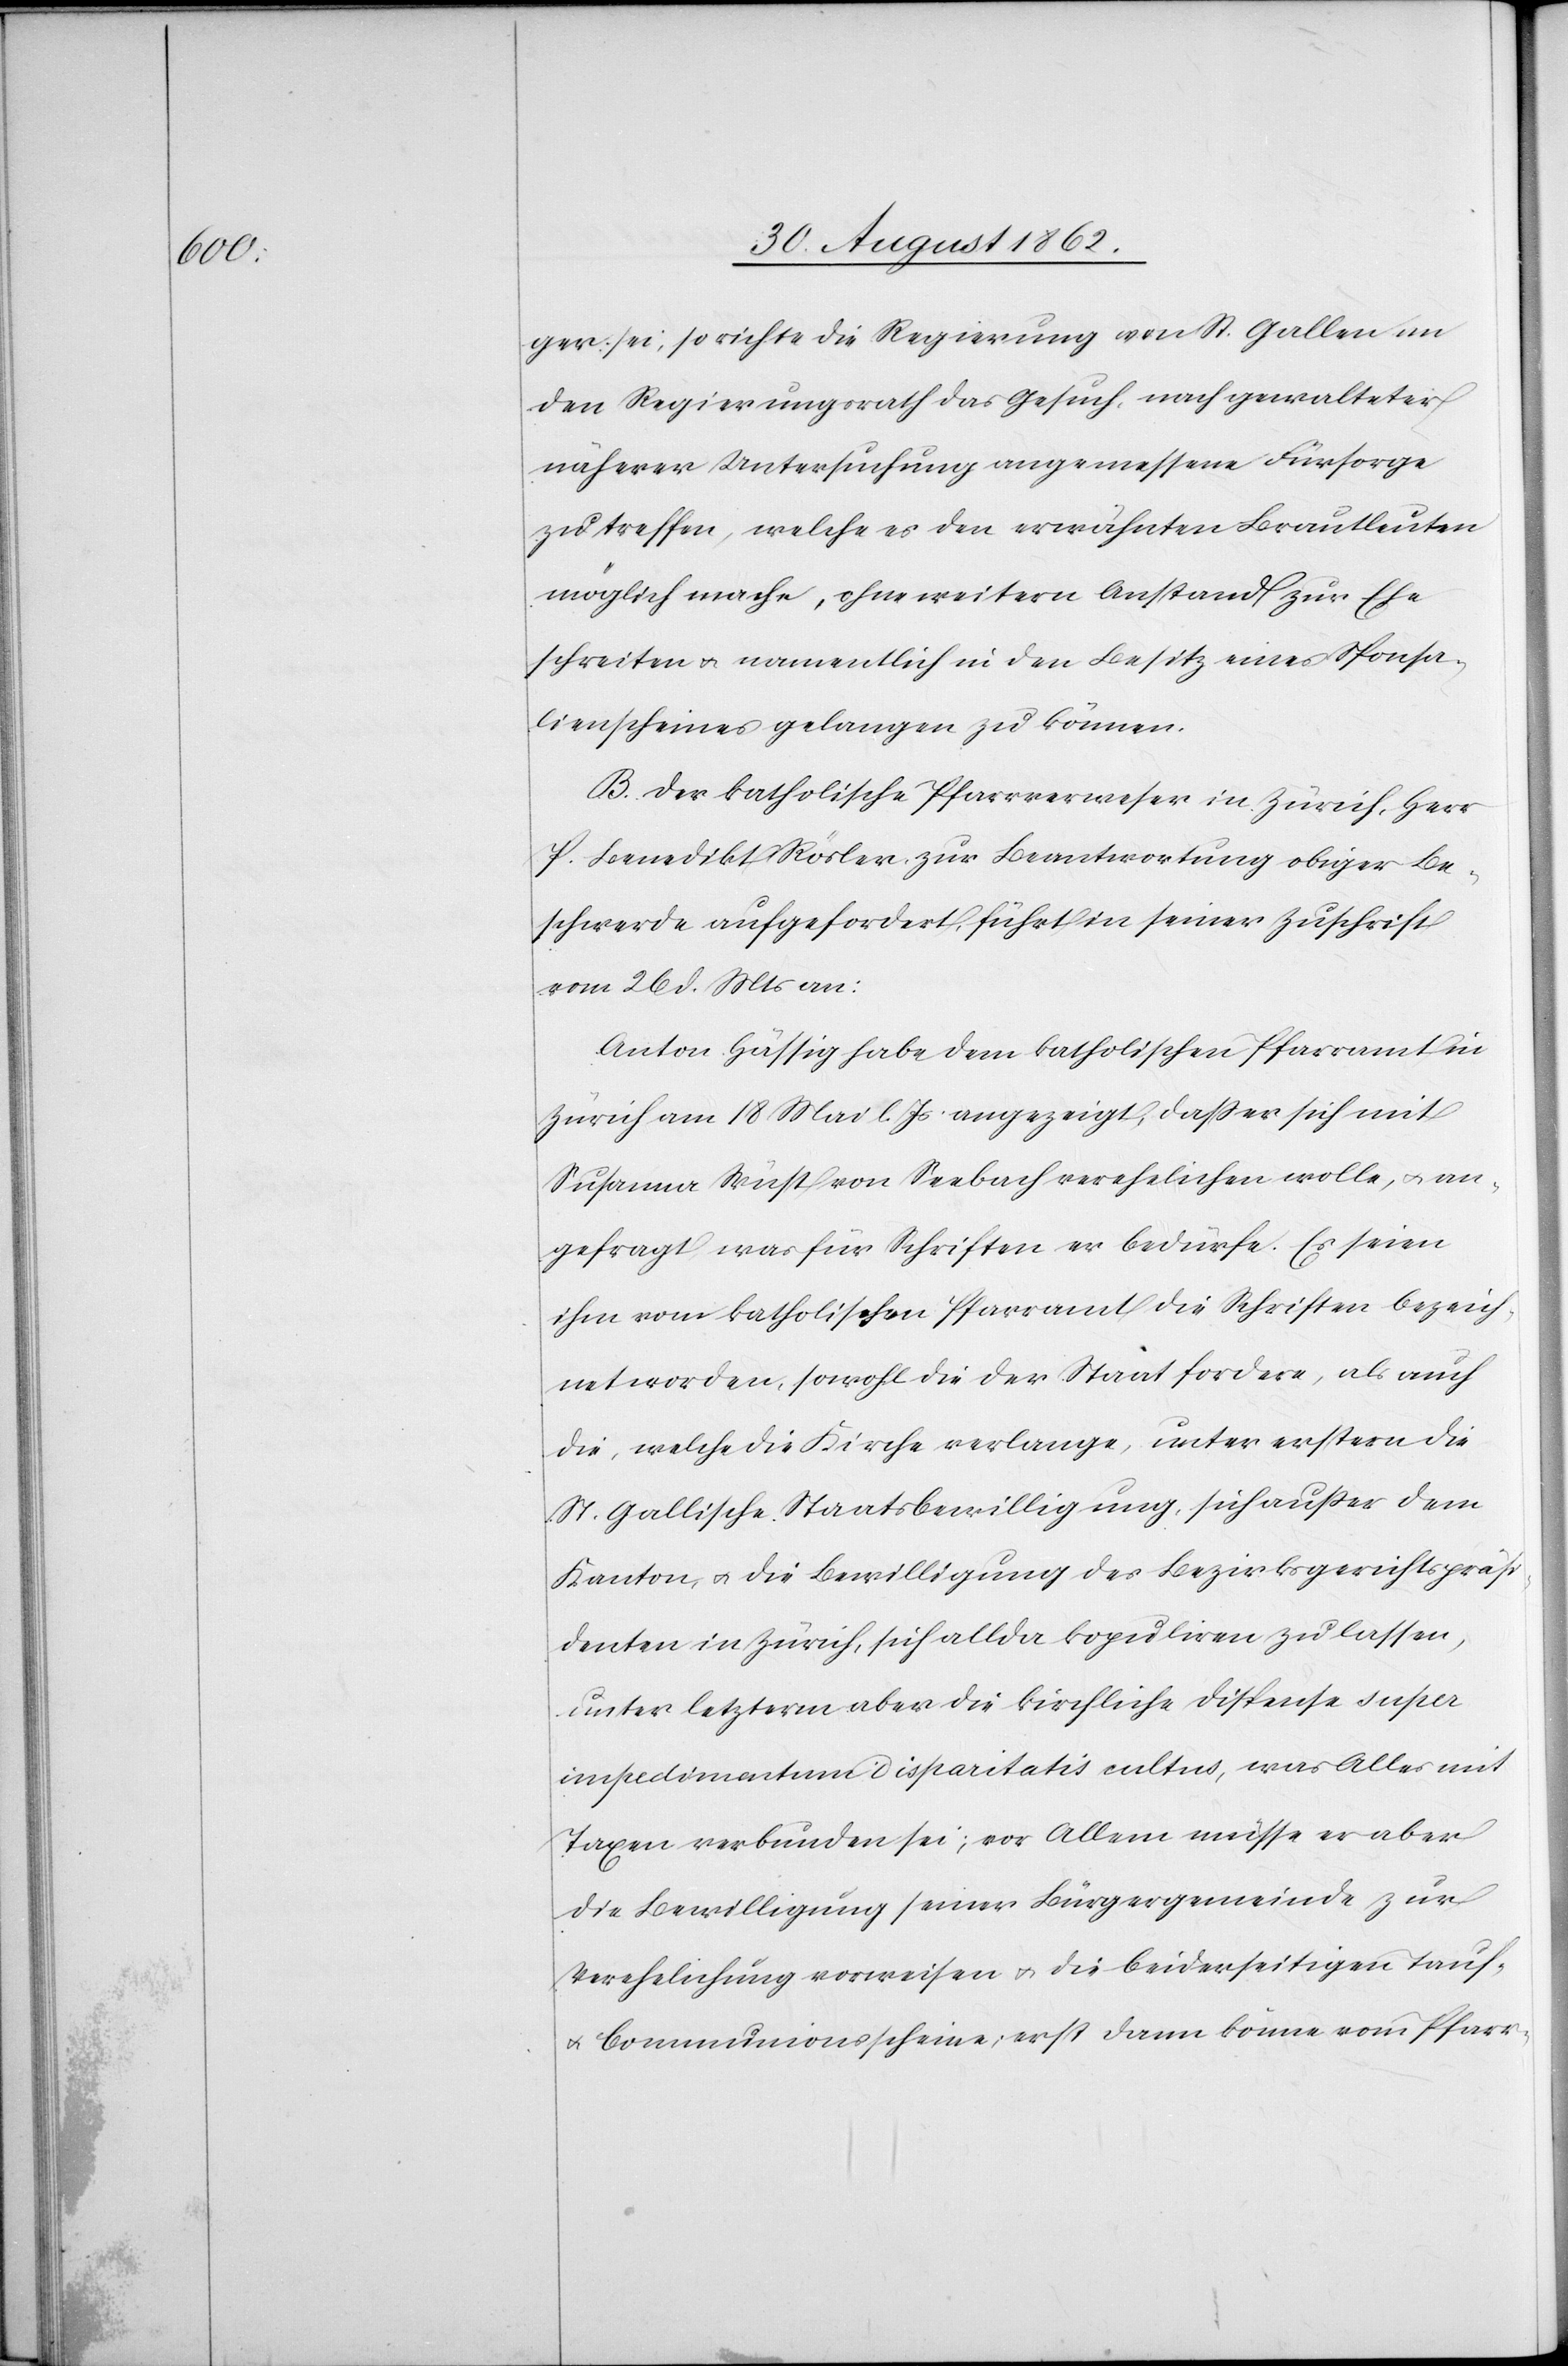
ger sei, so richte die Regierung von St. Gallen an
den Regierungsrath das Gesuch, nach gewalteter
näherer Untersuchung angemessene Fürsorge
zu treffen, welche es den erwähnten Brautleuten
möglich mache, ohne weitern Anstand zur Ehe
schreiten u. namentlich in den Besitz eines Sponsa¬
lienscheines gelangen zu können.
B. Der katholische Pfarrverweser in Zürich, Herr
P. Benedikt Rösler, zur Beantwortung obiger Be¬
schwerde aufgefordert, führt in seiner Zuschrift
vom 26. d. Mts. an:
Anton Hässig haben dem katholischen Pfarramt in
Zürich am 18. Mai l. Js. angezeigt, daß er sich mit
Susanna Wüst von Seebach verehelichen wolle, u. an¬
gefragt, was für Schriften er bedürfe. Es seien
ihm vom katholischen Pfarramt die Schriften bezeich¬
net worden, sowohl die der Staat fordere, als auch
die, welche die Kirche verlange, unter erstern die
St. Gallische Staatsbewilligung, sich außer dem
Kanton u. die Bewilligung des Bezirksgerichtspräs¬
identen in Zürich, sich allda kopuliren zu lassen,
unter letzterm aber die kirchliche Dispense super
imedimantum disparitatis cultus, was Alles mit
Taxen verbunden sei, vor Allem müsse er aber
die Bewilligung seiner Bürgergemeinde zur
Verehelichung vorweisen u. die beiderseitigen Tauf-
u. Communionsscheine, erst dann könne vom Pfarr-